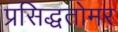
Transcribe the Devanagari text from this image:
प्रसिद्धतोमर